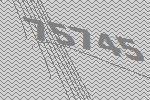
75745